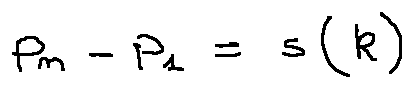
p _ { n } - p _ { 1 } = s ( k )